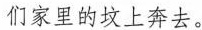
们家里的坟上奔去。